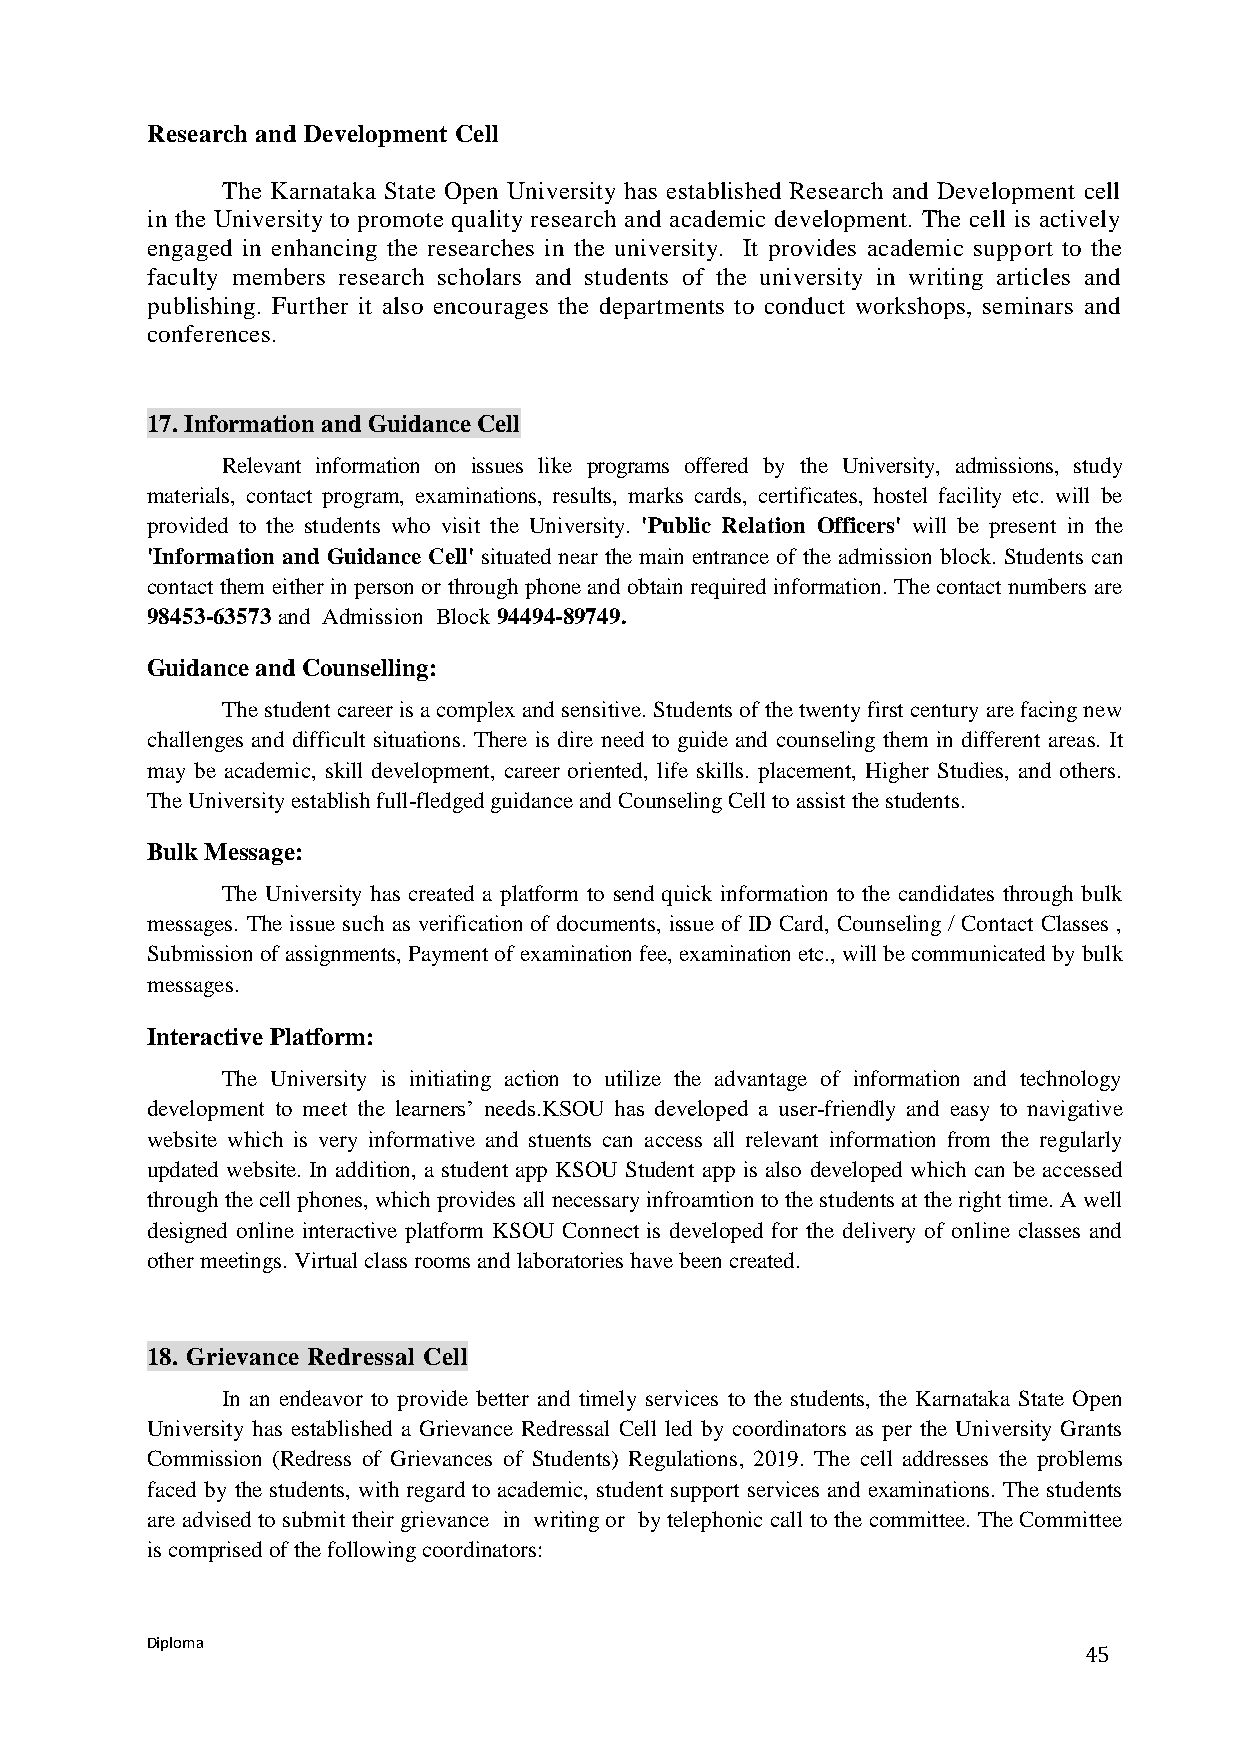
Research and Development Cell
 The Karnataka State Open University has established Research and Development cell
 in the University to promote quality research and academic development. The cell is actively
 engaged in enhancing the researches in the university. It provides academic support to the
 faculty members research scholars and students of the university in writing articles and
 publishing. Further it also encourages the departments to conduct workshops, seminars and
 conferences.
 17. Information and Guidance Cell
 Relevant information on issues like programs offered by the University, admissions, study
 materials, contact program, examinations, results, marks cards, certificates, hostel facility etc. will be
 provided to the students who visit the University. 'Public Relation Officers' will be present in the
 'Information and Guidance Cell' situated near the main entrance of the admission block. Students can
 contact them either in person or through phone and obtain required information. The contact numbers are
 98453-63573 and Admission Block 94494-89749.
 Guidance and Counselling:
 The student career is a complex and sensitive. Students of the twenty first century are facing new
 challenges and difficult situations. There is dire need to guide and counseling them in different areas. It
 may be academic, skill development, career oriented, life skills. placement, Higher Studies, and others.
 The University establish full-fledged guidance and Counseling Cell to assist the students.
 Bulk Message:
 The University has created a platform to send quick information to the candidates through bulk
 messages. The issue such as verification of documents, issue of ID Card, Counseling / Contact Classes ,
 Submission of assignments, Payment of examination fee, examination etc., will be communicated by bulk
 messages.
 Interactive Platform:
 The University is initiating action to utilize the advantage of information and technology
 development to meet the learners’ needs.KSOU has developed a user-friendly and easy to navigative
 website which is very informative and stuents can access all relevant information from the regularly
 updated website. In addition, a student app KSOU Student app is also developed which can be accessed
 through the cell phones, which provides all necessary infroamtion to the students at the right time. A well
 designed online interactive platform KSOU Connect is developed for the delivery of online classes and
 other meetings. Virtual class rooms and laboratories have been created.
 18. Grievance Redressal Cell
 In an endeavor to provide better and timely services to the students, the Karnataka State Open
 University has established a Grievance Redressal Cell led by coordinators as per the University Grants
 Commission (Redress of Grievances of Students) Regulations, 2019. The cell addresses the problems
 faced by the students, with regard to academic, student support services and examinations. The students
 are advised to submit their grievance in writing or by telephonic call to the committee. The Committee
 is comprised of the following coordinators:
 Diploma
 45